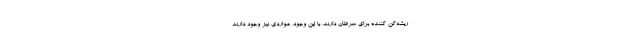
ریشه‌کن کننده برای سرطان دارند. با این وجود، مواردی نیز وجود دارند